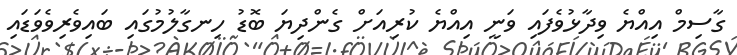
ގާސިމް އިއްޔެ ވިދާޅުވެފައި ވަނީ އިއްޔެ ކުރިއަށް ގެންދިޔަ ބޮޑު ހިނގާލުމުގައި ބައިވެރިވެވަޑައި